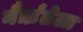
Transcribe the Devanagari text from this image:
नैर्ऋतेला